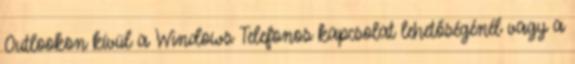
Outlookon kívül a Windows Telefonos kapcsolat lehetőségénél vagy a